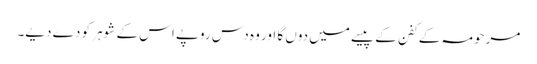
مرحومہ کے کفن کے پیسے میں دوں گا اور وہ دس روپے اس کے شوہر کو دے دیے۔